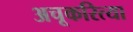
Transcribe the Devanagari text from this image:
अचूकरित्या